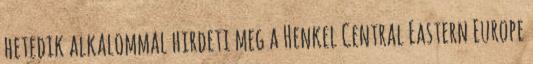
hetedik alkalommal hirdeti meg a Henkel Central Eastern Europe